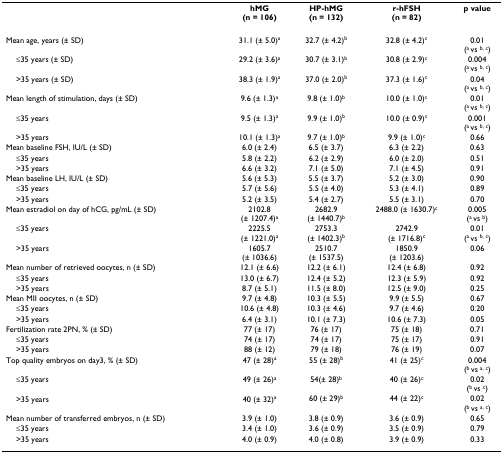
<table><thead><tr><td>[EMPTY_CELL]</td><td><b>hMG(n = 106)</b></td><td><b>HP-hMG(n = 132)</b></td><td><b>r-hFSH(n = 82)</b></td><td><b>p value</b></td></tr></thead><tbody><tr><td>Mean age, years (± SD)</td><td>31.1 (± 5.0)<sup>a</sup></td><td>32.7 (± 4.2)<sup>b</sup></td><td>32.8 (± 4.2)<sup>c</sup></td><td>0.01(<sup>a </sup>vs <sup>b, c</sup>)</td></tr><tr><td> ≤35 years (± SD)</td><td>29.2 (± 3.6)<sup>a</sup></td><td>30.7 (± 3.1)<sup>b</sup></td><td>30.8 (± 2.9)<sup>c</sup></td><td>0.004(<sup>a </sup>vs <sup>b, c</sup>)</td></tr><tr><td> &gt;35 years (± SD)</td><td>38.3 (± 1.9)<sup>a</sup></td><td>37.0 (± 2.0)<sup>b</sup></td><td>37.3 (± 1.6)<sup>c</sup></td><td>0.04(<sup>a </sup>vs <sup>b, c</sup>)</td></tr><tr><td>Mean length of stimulation, days (± SD)</td><td>9.6 (± 1.3)<sup>a</sup></td><td>9.8 (± 1.0)<sup>b</sup></td><td>10.0 (± 1.0)<sup>c</sup></td><td>0.01(<sup>a </sup>vs <sup>b, c</sup>)</td></tr><tr><td> ≤35 years</td><td>9.5 (± 1.3)<sup>a</sup></td><td>9.9 (± 1.0)<sup>b</sup></td><td>10.0 (± 0.9)<sup>c</sup></td><td>0.001(<sup>a </sup>vs <sup>b, c</sup>)</td></tr><tr><td> &gt;35 years</td><td>10.1 (± 1.3)<sup>a</sup></td><td>9.7 (± 1.0)<sup>b</sup></td><td>9.9 (± 1.0)<sup>c</sup></td><td>0.66</td></tr><tr><td>Mean baseline FSH, IU/L (± SD)</td><td>6.0 (± 2.4)</td><td>6.5 (± 3.7)</td><td>6.3 (± 2.2)</td><td>0.63</td></tr><tr><td> ≤35 years</td><td>5.8 (± 2.2)</td><td>6.2 (± 2.9)</td><td>6.0 (± 2.0)</td><td>0.51</td></tr><tr><td> &gt;35 years</td><td>6.6 (± 3.2)</td><td>7.1 (± 5.0)</td><td>7.1 (± 4.5)</td><td>0.91</td></tr><tr><td>Mean baseline LH, IU/L (± SD)</td><td>5.6 (± 5.3)</td><td>5.5 (± 3.7)</td><td>5.2 (± 3.0)</td><td>0.90</td></tr><tr><td> ≤35 years</td><td>5.7 (± 5.6)</td><td>5.5 (± 4.0)</td><td>5.3 (± 4.1)</td><td>0.89</td></tr><tr><td> &gt;35 years</td><td>5.2 (± 3.5)</td><td>5.4 (± 2.7)</td><td>5.5 (± 3.1)</td><td>0.70</td></tr><tr><td>Mean estradiol on day of hCG, pg/mL (± SD)</td><td>2102.8(± 1207.4)<sup>a</sup></td><td>2682.9(± 1440.7)<sup>b</sup></td><td>2488.0 (± 1630.7)<sup>c</sup></td><td>0.005(<sup>a </sup>vs <sup>b</sup>)</td></tr><tr><td> ≤35 years</td><td>2225.5(± 1221.0)<sup>a</sup></td><td>2753.3(± 1402.3)<sup>b</sup></td><td>2742.9(± 1716.8)<sup>c</sup></td><td>0.01(<sup>a </sup>vs <sup>b, c</sup>)</td></tr><tr><td> &gt;35 years</td><td>1605.7(± 1036.6)</td><td>2510.7(± 1537.5)</td><td>1850.9(± 1203.6)</td><td>0.06</td></tr><tr><td>Mean number of retrieved oocytes, n (± SD)</td><td>12.1 (± 6.6)</td><td>12.2 (± 6.1)</td><td>12.4 (± 6.8)</td><td>0.92</td></tr><tr><td> ≤35 years</td><td>13.0 (± 6.7)</td><td>12.4 (± 5.2)</td><td>12.3 (± 5.9)</td><td>0.92</td></tr><tr><td> &gt;35 years</td><td>8.7 (± 5.1)</td><td>11.5 (± 8.0)</td><td>12.5 (± 9.0)</td><td>0.25</td></tr><tr><td>Mean MII oocytes, n (± SD)</td><td>9.7 (± 4.8)</td><td>10.3 (± 5.5)</td><td>9.9 (± 5.5)</td><td>0.67</td></tr><tr><td> ≤35 years</td><td>10.6 (± 4.8)</td><td>10.3 (± 4.6)</td><td>9.7 (± 4.6)</td><td>0.20</td></tr><tr><td> &gt;35 years</td><td>6.4 (± 3.1)</td><td>10.1 (± 7.3)</td><td>10.6 (± 7.3)</td><td>0.05</td></tr><tr><td>Fertilization rate 2PN, % (± SD)</td><td>77 (± 17)</td><td>76 (± 17)</td><td>75 (± 18)</td><td>0.71</td></tr><tr><td> ≤35 years</td><td>74 (± 17)</td><td>74 (± 17)</td><td>75 (± 17)</td><td>0.91</td></tr><tr><td> &gt;35 years</td><td>88 (± 12)</td><td>79 (± 18)</td><td>76 (± 19)</td><td>0.07</td></tr><tr><td>Top quality embryos on day3, % (± SD)</td><td>47 (± 28)<sup>a</sup></td><td>55 (± 28)<sup>b</sup></td><td>41 (± 25)<sup>c</sup></td><td>0.004(<sup>b </sup>vs <sup>a, c</sup>)</td></tr><tr><td> ≤35 years</td><td>49 (± 26)<sup>a</sup></td><td>54(± 28)<sup>b</sup></td><td>40 (± 26)<sup>c</sup></td><td>0.02(<sup>b </sup>vs <sup>c</sup>)</td></tr><tr><td> &gt;35 years</td><td>40 (± 32)<sup>a</sup></td><td>60 (± 29)<sup>b</sup></td><td>44 (± 22)<sup>c</sup></td><td>0.02(<sup>b </sup>vs <sup>a, c</sup>)</td></tr><tr><td>Mean number of transferred embryos, n (± SD)</td><td>3.9 (± 1.0)</td><td>3.8 (± 0.9)</td><td>3.6 (± 0.9)</td><td>0.65</td></tr><tr><td> ≤35 years</td><td>3.4 (± 1.0)</td><td>3.6 (± 0.9)</td><td>3.5 (± 0.9)</td><td>0.79</td></tr><tr><td> &gt;35 years</td><td>4.0 (± 0.9)</td><td>4.0 (± 0.8)</td><td>3.9 (± 0.9)</td><td>0.33</td></tr></tbody></table>